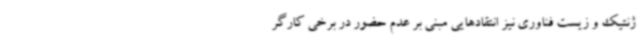
ژنتیک و زیست فناوری نیز انتقادهایی مبنی بر عدم حضور در برخی کارگر